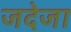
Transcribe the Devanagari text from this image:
जदेजा